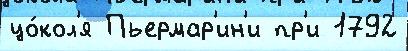
цо́кол'я Пьермар'ин'и пр'и 1792